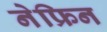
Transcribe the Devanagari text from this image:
नेफ्रिन